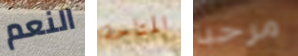
النعم المتاحة مرحبا